Lunatic asylums Bombay report 1891-1903 - 1891-1903
Year: 1891
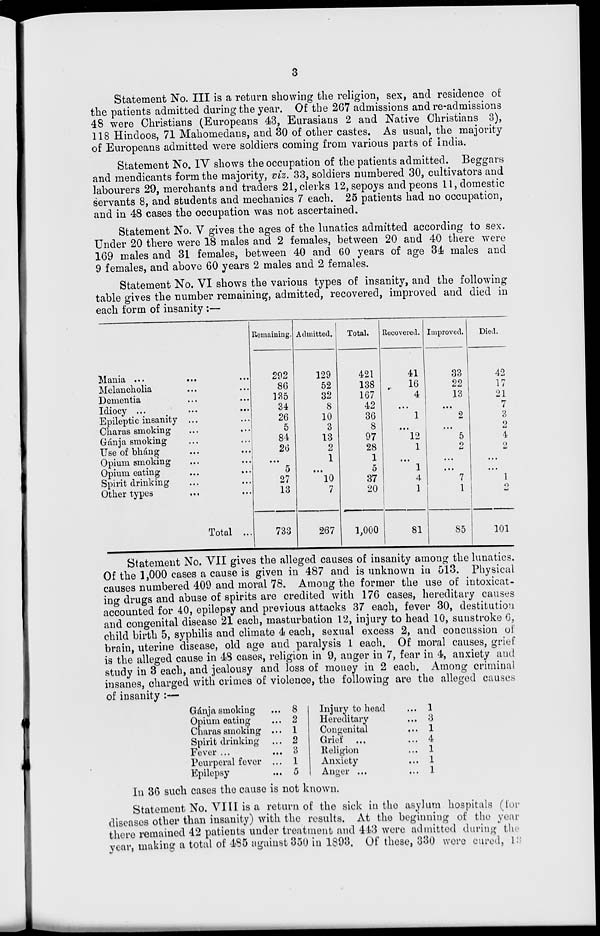
3
Statement No. III is a return showing the religion, sex, and residence of
the patients admitted during the year. Of the 267 admissions and re-admissions
48 were Christians (Europeans 43, Eurasians 2 and Native Christians 3),
118 Hindoos, 71 Mahomedans, and 30 of other castes. As usual, the majority
of Europeans admitted were soldiers coming from various parts of India.
Statement No. IV shows the occupation of the patients admitted. Beggars
and mendicants form the majority, viz. 33, soldiers numbered 30, cultivators and
labourers 29, merchants and traders 21, clerks 12, sepoys and peons 11, domestic
servants 8, and students and mechanics 7 each. 25 patients had no occupation,
and in 48 cases the occupation was not ascertained.
Statement No. V gives the ages of the lunatics admitted according to sex.
Under 20 there were 18 males and 2 females, between 20 and 40 there were
169 males and 31 females, between 40 and 60 years of age 34 males and
9 females, and above 60 years 2 males and 2 females.
Statement No. VI shows the various types of insanity, and the following
table gives the number remaining, admitted, recovered, improved and died in
each form of insanity :—
Mania
...
...
...
Melancholia ... ...
Dementia ... ...
Idiocy ... ... ...
Epileptic insanity ... ...
Charas smoking ... ...
Gánja smoking ... ...
Use of bháng ... ...
Opium smoking ... ...
Opium eating ... ...
Spirit drinking ... ...
Other types ... ...
Total ...
Remaining.
292
86
135
34
26
5
84
26
...
5
27
13
733
Admitted.
129
52
32
8
10
3
13
2
1
...
10
7
267
Total.
421
138
167
42
36
8
97
28
1
5
37
20
1,000
Recovered.
41
16
4
...
1
...
12
1
...
1
4
1
81
Improved.
33
22
13
...
2
...
5
2
...
...
7
1
85
Died.
42
17
21
7
3
2
4
2
...
...
1
2
101
Statement No. VII gives the alleged causes of insanity among the lunatics.
Of the 1,000 cases a cause is given in 487 and is unknown in 513. Physical
causes numbered 409 and moral 78. Among the former the use of intoxicat-
ing drugs and abuse of spirits are credited with 176 cases, hereditary causes
accounted for 40, epilepsy and previous attacks 37 each, fever 30, destitution
and congenital disease 21 each, masturbation 12, injury to head 10, sunstroke 6,
child birth 5, syphilis and climate 4 each, sexual excess 2, and concussion of
brain, uterine disease, old age and paralysis 1 each. Of moral causes, grief
is the alleged cause in 48 cases, religion in 9, anger in 7, fear in 4, anxiety and
study in 3 each, and jealousy and loss of money in 2 each. Among criminal
insanes, charged with crimes of violence, the following are the alleged causes
of insanity :—
Gánja smoking
Opium eating
Charas smoking ...
Spirit drinking
Fever ...
Peurperal fever ...
Epilepsy
8
2
1
2
3
1
5
Injury to head
Hereditary
Congenital
Grief
Religion
Anxiety
Anger ...
1
3
1
4
1
1
1
In 36 such cases the cause is not known.
Statement No. VIII is a return of the sick in the asylum hospitals (for
diseases other than insanity) with the results. At the beginning of the year
there remained 42 patients under treatment and 443 were admitted during the
year, making a total of 485 against 350 in 1893. Of these, 330 were cured, 13